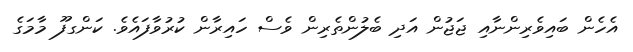
އެހެން ބައިވެރިންނާއި ޖަޖުން އަދި ބެލުންތެރިން ވެސް ހައިރާން ކުރުވާފައެވެ. ކަންގފޫ މާމަގެ